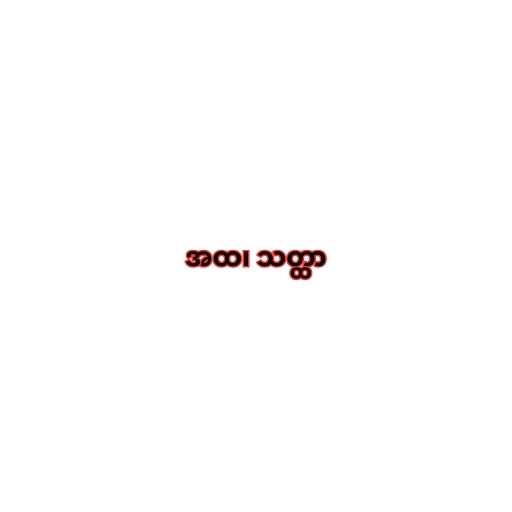
အထ၊ သတ္ထာ